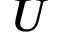
U